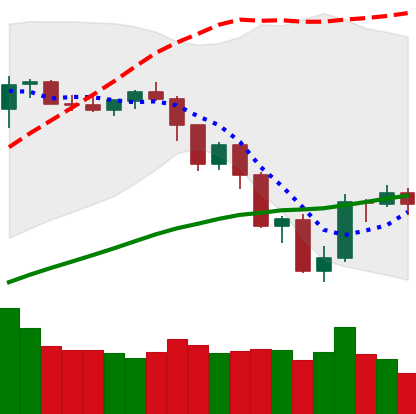
Ticker: NEO-USD
Chart end date: 2019-07-21
Forward return: -7.61%
Label: down_7plus